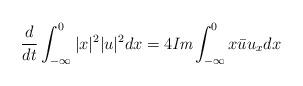
LaTeX: \begin{align*}\frac{d}{dt}\int_{-\infty}^0|x|^2|u|^2dx=4\emph{Im}\int_{-\infty}^0x\bar{u}u_xdx\end{align*}